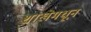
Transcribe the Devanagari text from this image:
शाखेमधून